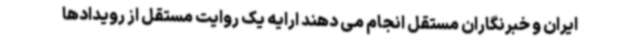
ایران و خبرنگاران مستقل انجام می دهند ارایه یک روایت مستقل از رویدادها